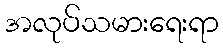
အလုပ်သမားရေးရာ